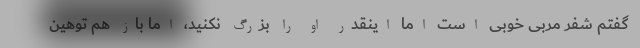
گفتم شفر مربی خوبی است اما اینقدر او را بزرگ نکنید، اما باز هم توهین